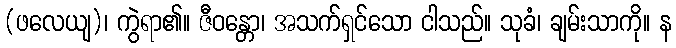
(ဖလေယျ)၊ ကွဲရာ၏။ ဇီဝန္တော၊ အသက်ရှင်သော ငါသည်။ သုခံ၊ ချမ်းသာကို။ န